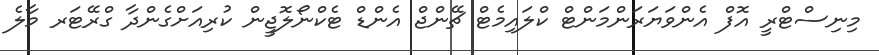
މިނިސްޓްރީ އޮފް އެންވަޔަރަންމަންޓް ކްލައިމެޓް ޗޭންޖް އެންޑް ޓެކްނޯލޮޖީން ކުރިއަށްގެންދާ ގްރޭޓަރ މާލެ